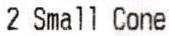
2 SMALL CONE